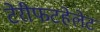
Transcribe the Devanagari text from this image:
टेरीफटहेलेट